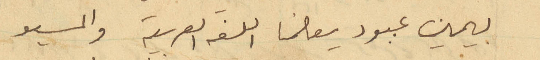
بيمين عبود يعلمنا اللغة العربية والمسيو